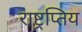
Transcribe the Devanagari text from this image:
राष्ट्रप्तिय